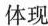
体现